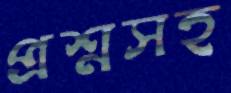
প্রশ্নসহ